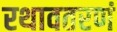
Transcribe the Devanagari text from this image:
रथावतरणं